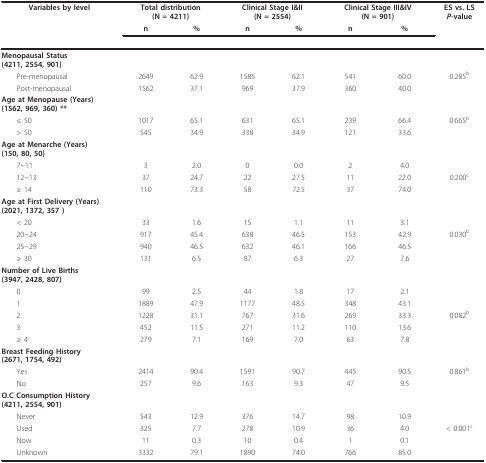
<table><thead><tr><td><b>Variables by level</b></td><td colspan="2"><b>Total distribution(N = 4211)</b></td><td colspan="2"><b>Clinical Stage I&amp;II(N = 2554)</b></td><td colspan="2"><b>Clinical Stage III&amp;IV(N = 901)</b></td><td><b>ES vs. LS<i>P</i>-value</b></td></tr><tr><td></td><td><b>n</b></td><td><b>%</b></td><td><b>n</b></td><td><b>%</b></td><td><b>n</b></td><td><b>%</b></td><td></td></tr></thead><tbody><tr><td><b>Menopausal Status</b><b>(4211, 2554, 901)</b></td><td></td><td></td><td></td><td></td><td></td><td></td><td></td></tr><tr><td> Pre-menopausal</td><td>2649</td><td>62.9</td><td>1585</td><td>62.1</td><td>541</td><td>60.0</td><td>0.285<sup>b</sup></td></tr><tr><td> Post-menopausal</td><td>1562</td><td>37.1</td><td>969</td><td>37.9</td><td>360</td><td>40.0</td><td></td></tr><tr><td><b>Age at Menopause (Years)</b><b>(1562, 969, 360) **</b></td><td></td><td></td><td></td><td></td><td></td><td></td><td></td></tr><tr><td> ≤ 50</td><td>1017</td><td>65.1</td><td>631</td><td>65.1</td><td>239</td><td>66.4</td><td>0.665<sup>b</sup></td></tr><tr><td> &gt; 50</td><td>545</td><td>34.9</td><td>338</td><td>34.9</td><td>121</td><td>33.6</td><td></td></tr><tr><td><b>Age at Menarche (Years)</b><b>(150, 80, 50)</b></td><td></td><td></td><td></td><td></td><td></td><td></td><td></td></tr><tr><td> 7~11</td><td>3</td><td>2.0</td><td>0</td><td>0.0</td><td>2</td><td>4.0</td><td></td></tr><tr><td> 12~13</td><td>37</td><td>24.7</td><td>22</td><td>27.5</td><td>11</td><td>22.0</td><td>0.200<sup>c</sup></td></tr><tr><td> ≥ 14</td><td>110</td><td>73.3</td><td>58</td><td>72.5</td><td>37</td><td>74.0</td><td></td></tr><tr><td><b>Age at First Delivery (Years)</b><b>(2021, 1372, 357 )</b></td><td></td><td></td><td></td><td></td><td></td><td></td><td></td></tr><tr><td> &lt; 20</td><td>33</td><td>1.6</td><td>15</td><td>1.1</td><td>11</td><td>3.1</td><td></td></tr><tr><td> 20~24</td><td>917</td><td>45.4</td><td>638</td><td>46.5</td><td>153</td><td>42.9</td><td>0.030<sup>b</sup></td></tr><tr><td> 25~29</td><td>940</td><td>46.5</td><td>632</td><td>46.1</td><td>166</td><td>46.5</td><td></td></tr><tr><td> ≥ 30</td><td>131</td><td>6.5</td><td>87</td><td>6.3</td><td>27</td><td>7.6</td><td></td></tr><tr><td><b>Number of Live Births</b><b>(3947, 2428, 807)</b></td><td></td><td></td><td></td><td></td><td></td><td></td><td></td></tr><tr><td> 0</td><td>99</td><td>2.5</td><td>44</td><td>1.8</td><td>17</td><td>2.1</td><td></td></tr><tr><td> 1</td><td>1889</td><td>47.9</td><td>1177</td><td>48.5</td><td>348</td><td>43.1</td><td></td></tr><tr><td> 2</td><td>1228</td><td>31.1</td><td>767</td><td>31.6</td><td>269</td><td>33.3</td><td>0.082<sup>b</sup></td></tr><tr><td> 3</td><td>452</td><td>11.5</td><td>271</td><td>11.2</td><td>110</td><td>13.6</td><td></td></tr><tr><td> ≥ 4</td><td>279</td><td>7.1</td><td>169</td><td>7.0</td><td>63</td><td>7.8</td><td></td></tr><tr><td><b>Breast Feeding History</b><b>(2671, 1754, 492)</b></td><td></td><td></td><td></td><td></td><td></td><td></td><td></td></tr><tr><td> Yes</td><td>2414</td><td>90.4</td><td>1591</td><td>90.7</td><td>445</td><td>90.5</td><td>0.861<sup>b</sup></td></tr><tr><td> No</td><td>257</td><td>9.6</td><td>163</td><td>9.3</td><td>47</td><td>9.5</td><td></td></tr><tr><td><b>O.C Consumption History</b><b>(4211, 2554, 901)</b></td><td></td><td></td><td></td><td></td><td></td><td></td><td></td></tr><tr><td> Never</td><td>543</td><td>12.9</td><td>376</td><td>14.7</td><td>98</td><td>10.9</td><td></td></tr><tr><td> Used</td><td>325</td><td>7.7</td><td>278</td><td>10.9</td><td>36</td><td>4.0</td><td>&lt; 0.001<sup>c</sup></td></tr><tr><td> Now</td><td>11</td><td>0.3</td><td>10</td><td>0.4</td><td>1</td><td>0.1</td><td></td></tr><tr><td> Unknown</td><td>3332</td><td>79.1</td><td>1890</td><td>74.0</td><td>766</td><td>85.0</td><td></td></tr></tbody></table>